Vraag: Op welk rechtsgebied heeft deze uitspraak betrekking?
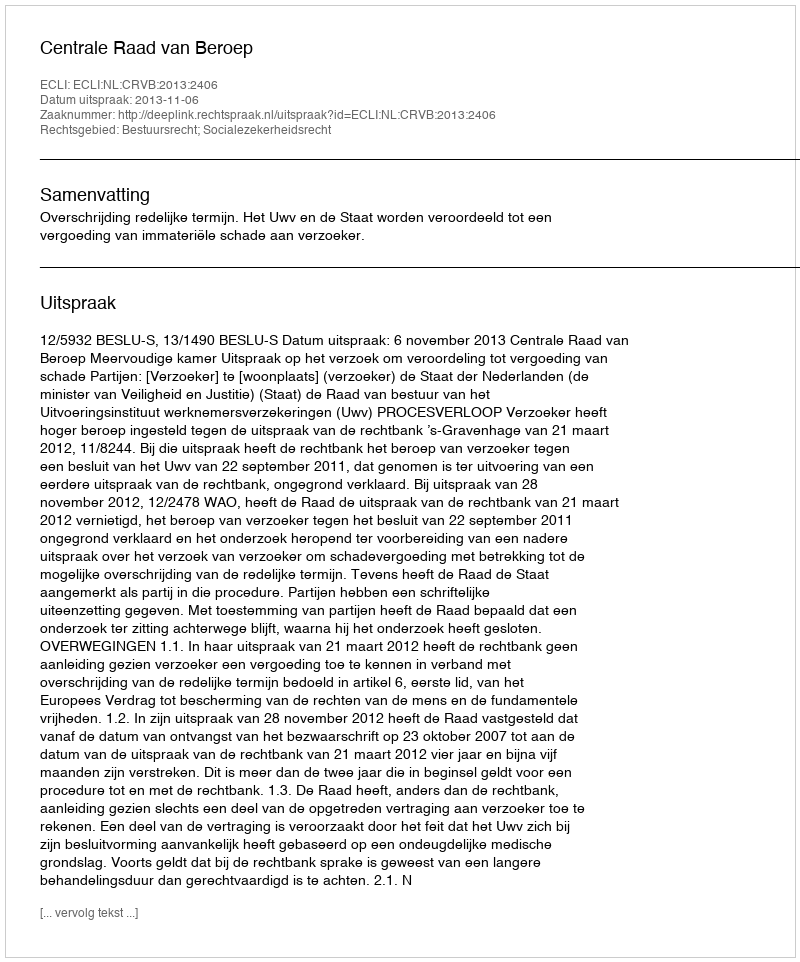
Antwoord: Bestuursrecht; Socialezekerheidsrecht